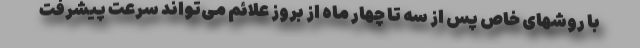
با روشهای خاص پس از سه تا چهار ماه از بروز علائم می‌تواند سرعت پیشرفت